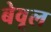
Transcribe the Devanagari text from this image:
बेवूल